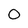
Character: 0